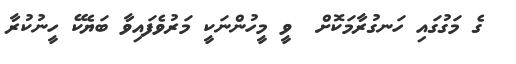
ގެ މަގުގައި ހަނގުރާމަކޮށް  ވީ މީހުންނަކީ މަރުވެފައިވާ ބަޔެކޭ ހީނުކުރާ